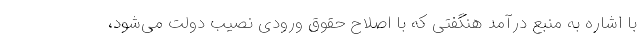
با اشاره به منبع درآمد هنگفتی که با اصلاح حقوق ورودی نصیب دولت می‌شود،